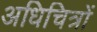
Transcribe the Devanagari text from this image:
अधिचित्रों